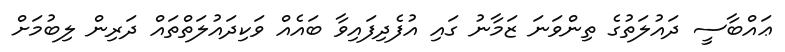
ޢައްބާސީ ދައުލަތުގެ ތިންވަނަ ޒަމާނު ގައި އުފެދިފައިވާ ބައެއް ވަކިދައުލަތްތައް ދަރިން ލިބުމަށް